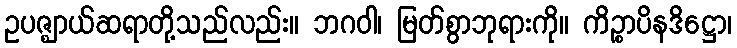
ဥပဇ္ဈာယ်ဆရာတို့သည်လည်း။ ဘဂဝါ၊ မြတ်စွာဘုရားကို။ ကိဉ္စာပိနဒိဋ္ဌော၊